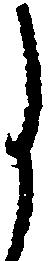
月